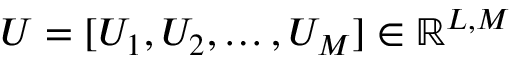
U = [ U _ { 1 } , U _ { 2 } , \dots , U _ { M } ] \in \mathbb { R } ^ { L , M }